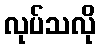
လုပ်သလို